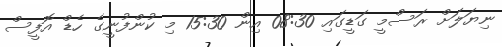
ނިޔަލަށް ރަސްމީ ގަޑީގައި 08:30 އިން 15:30 މި ކުންފުނީގެ ހެޑް އޮފީސް